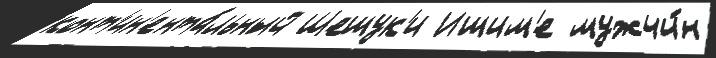
конт'ин'ента́льный Шешук'и Ишим'е мужчи́н